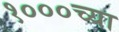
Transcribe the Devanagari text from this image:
१०००च्या